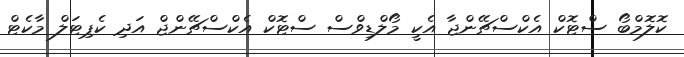
ކޮލޮމްބޯ ސްޓޮކް އެކްސްޗޭންޖާ އެކީ މޯލްޑިވްސް ސްޓޮކް އެކްސްޗޭންޖް އަދި ކެޕިޓަލް މާކެޓް